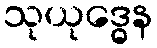
သုယုဒ္ဓေန